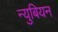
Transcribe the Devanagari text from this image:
न्युबियन